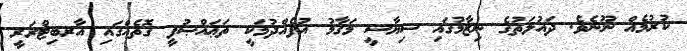
ކުރުމެއް ނޫނެވެ. ދައުލަތުގެ ނިޒާމުގައި ސިޔާސީ މަޤާމު އުފެއްދުމަކީ ތަޢައްޞުފީ ގޮތެއްގައި އާރބިޓްރަރީ